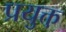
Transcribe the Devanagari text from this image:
प्रयुक्त़